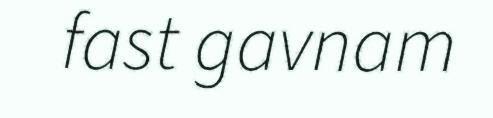
fast gavnam